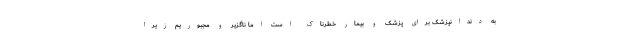
به دندانپزشک برای پزشک و بیمار خطرناک است اما ناگزیر و مجبوریم زیرا